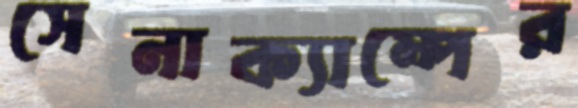
সেনাক্যাম্পের